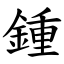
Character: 鍾